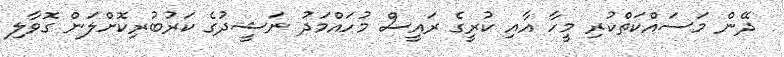
ދޭން މަސައްކަތްކުރި މީހާ އާއި ކުރީގެ ރައީސް މުހައްމަދު ނަޝީދުގެ ކަރުބުރިކޮށްލަން ގޮވާލި